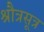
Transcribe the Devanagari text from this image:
श्रौत्रसूत्र